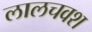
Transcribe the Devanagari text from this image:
लालचवश